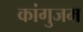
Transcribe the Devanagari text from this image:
कांगुजम